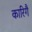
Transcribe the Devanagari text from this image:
कारिगै